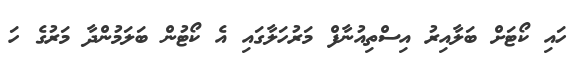
ހައި ކޯޓަށް ބަލާއިރު އިސްތިއުނާފް މަރުހަލާގައި އެ ކޯޓުން ބަލަމުންދާ މަރުގެ ހަ